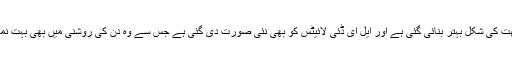
اس کے علاوہ چھت کی شکل بہتر بنائی گئی ہے اور ایل ای ڈئی لائیٹس کو بھی نئی صورت دی گئی ہے جس سے وہ دن کی روشنی میں بھی بہت نمایاں نظر آتی ہیں۔